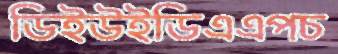
ডিইউইডিএএপচ